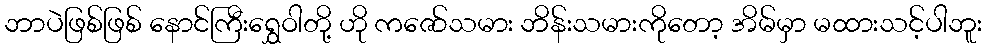
ဘာပဲဖြစ်ဖြစ် နောင်ကြီးရွှေဝါတို့ ဟို ကဇော်သမား ဘိန်းသမားကိုတော့ အိမ်မှာ မထားသင့်ပါဘူး